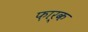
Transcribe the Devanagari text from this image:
फ़ार्क